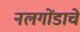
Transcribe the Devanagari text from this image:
नलगोंडाचे